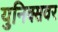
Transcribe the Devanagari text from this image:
युनिक्सवर